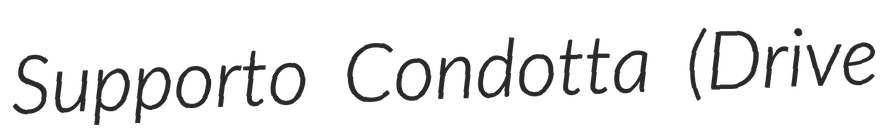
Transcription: Supporto Condotta (Drive